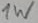
Text: 1W